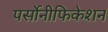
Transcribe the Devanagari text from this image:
पर्सोनीफिकेशन